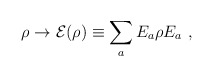
\begin{align*}\rho\to {\cal E}(\rho)\equiv\sum_a E_a\rho E_a~,\end{align*}